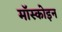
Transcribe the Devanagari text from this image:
मॉस्कोइन